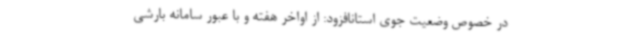
در خصوص وضعیت جوی استانافزود: از اواخر هفته و با عبور سامانه بارشی